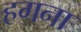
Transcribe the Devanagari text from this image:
हगना